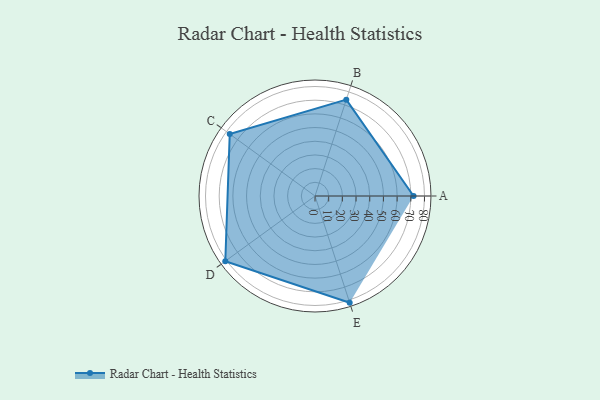
{"axis": {"x": "Skill", "y": "Score"}, "legend": ["Profile"], "data": [{"x": "A", "y": 72.0, "type": "Profile"}, {"x": "B", "y": 74.0, "type": "Profile"}, {"x": "C", "y": 77.0, "type": "Profile"}, {"x": "D", "y": 81.0, "type": "Profile"}, {"x": "E", "y": 82.0, "type": "Profile"}]}